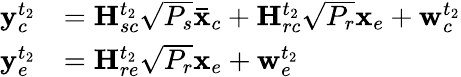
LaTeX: \begin{array}{rl}{{\mathbf{y}}_{c}^{{t_{2}}}}&{={\mathbf{H}}_{sc}^{{t_{2}}}\sqrt{{P_{s}}}{{\mathbf{\bar{x}}}_{c}}+{\mathbf{H}}_{rc}^{{t_{2}}}\sqrt{{P_{r}}}{{\mathbf{x}}_{e}}+{\mathbf{w}}_{c}^{{t_{2}}}}\\ {{\mathbf{y}}_{e}^{{t_{2}}}}&{={\mathbf{H}}_{re}^{{t_{2}}}\sqrt{{P_{r}}}{{\mathbf{x}}_{e}}+{\mathbf{w}}_{e}^{{t_{2}}}}\end{array}